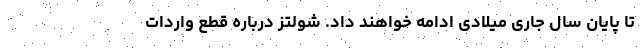
تا پایان سال جاری میلادی ادامه خواهند داد. شولتز درباره قطع واردات